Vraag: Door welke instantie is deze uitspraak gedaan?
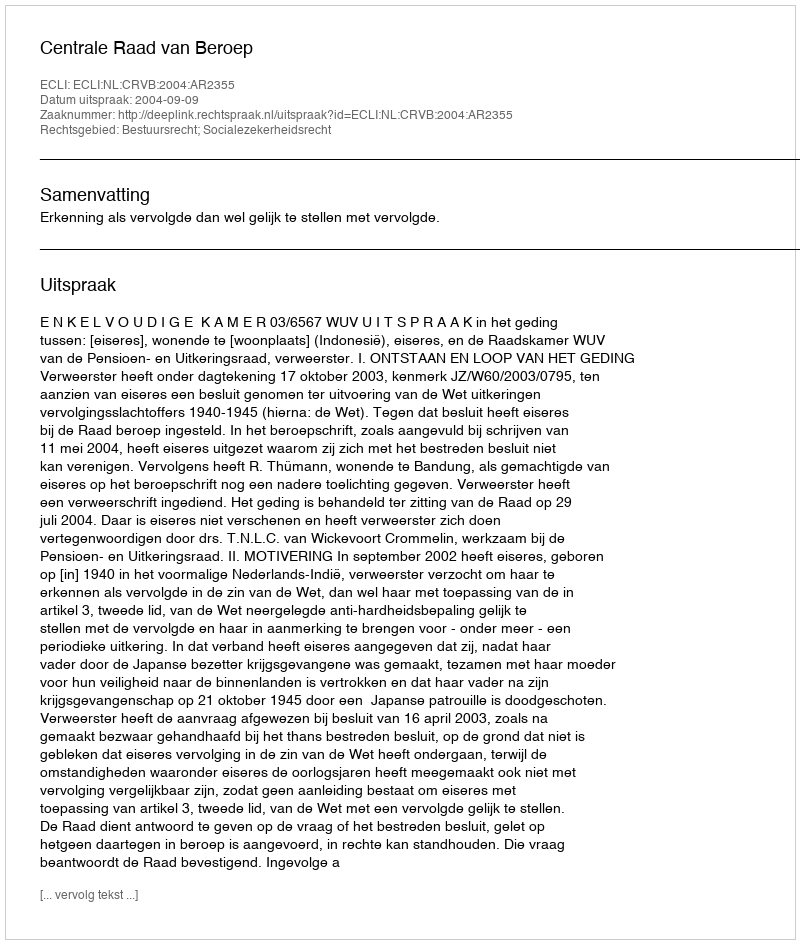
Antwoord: Centrale Raad van Beroep